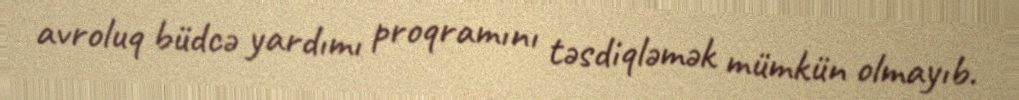
avroluq büdcə yardımı proqramını təsdiqləmək mümkün olmayıb.